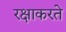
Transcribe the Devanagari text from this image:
रक्षाकरते